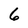
Character: 6